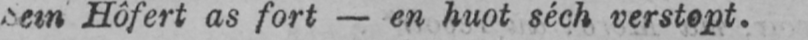
Sein Hôfert as fort - en huot séch verstopt.